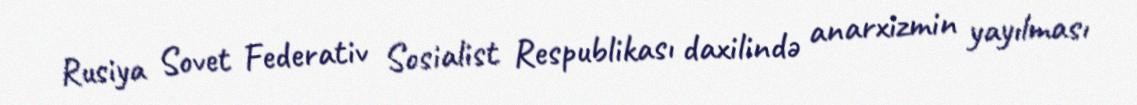
Rusiya Sovet Federativ Sosialist Respublikası daxilində anarxizmin yayılması